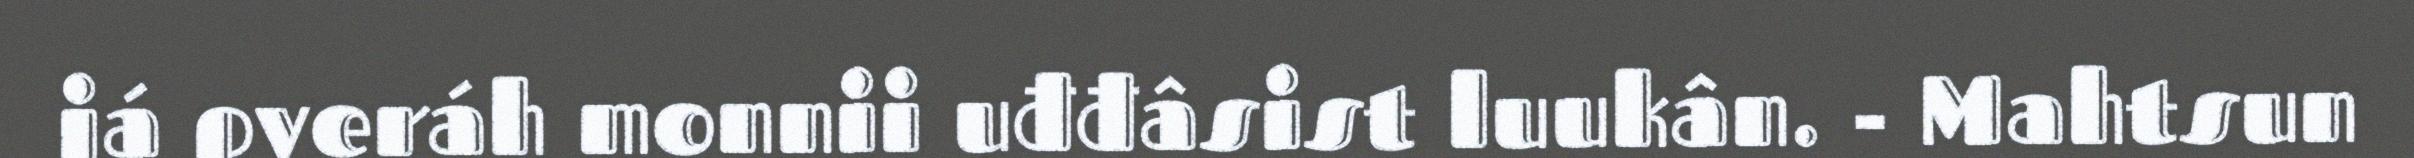
já pyeráh monnii uđđâsist luukân. - Mahtsun